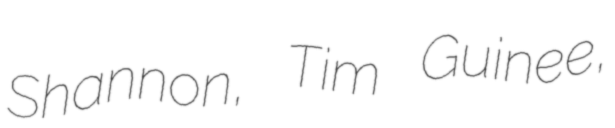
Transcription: Shannon, Tim Guinee,